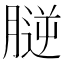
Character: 𦞮